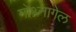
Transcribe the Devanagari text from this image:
नोथ्नागेल